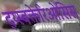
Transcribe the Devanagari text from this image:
द्य्स्बक्तेरिओसिस